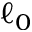
\ell _ { 0 }